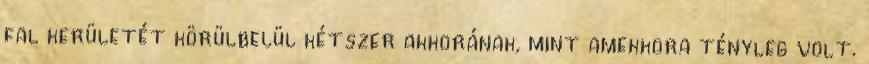
fal kerületét körülbelül kétszer akkorának, mint amekkora tényleg volt.